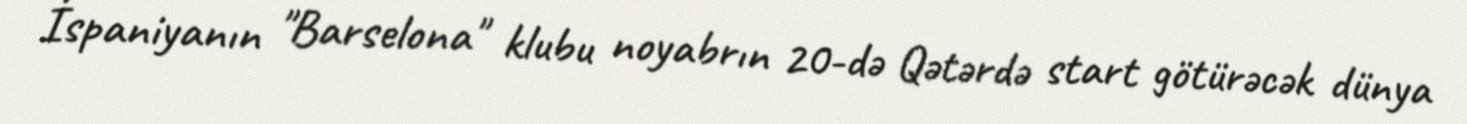
İspaniyanın "Barselona" klubu noyabrın 20-də Qətərdə start götürəcək dünya